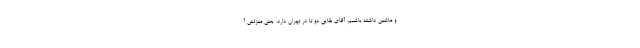
و ماشین داشته باشیم. آقای بقایی دو تا در تهران دارد. یعنی منزلش آ